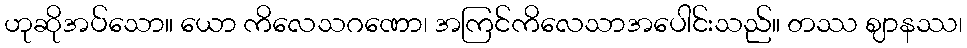
ဟုဆိုအပ်သော။ ယော ကိလေသဂဏော၊ အကြင်ကိလေသာအပေါင်းသည်။ တဿ ဈာနဿ၊